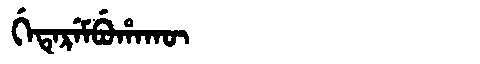
Manchu: ᡤᡝᡨᡝᡵᡝᠮᠪᡠᡥᠠᡴᡡ
Romanization: GETEREMBUHAKŪ